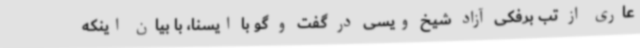
عاری از تب برفکی آزاد شیخ ویسی در گفت و گو با ایسنا، با بیان اینکه